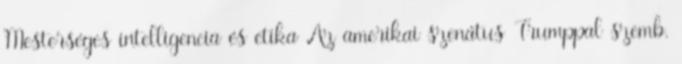
Mesterséges intelligencia és etika Az amerikai szenátus Trumppal szemb.